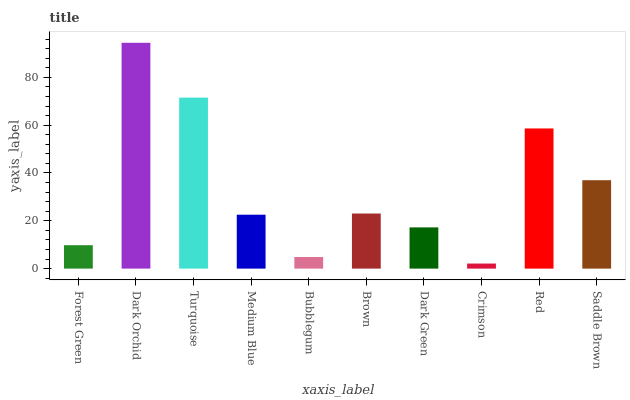
| xaxis_label | bars |
 | --- | --- |
 | Forest Green | 9.79 |
 | Dark Orchid | 94.4 |
 | Turquoise | 71.5 |
 | Medium Blue | 22.5 |
 | Bubblegum | 4.85 |
 | Brown | 23 |
 | Dark Green | 17.2 |
 | Crimson | 2.12 |
 | Red | 58.6 |
 | Saddle Brown | 37 |